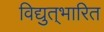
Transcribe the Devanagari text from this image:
विद्युत्‌भारित